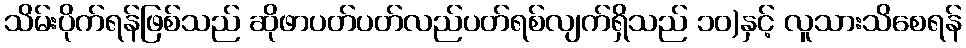
သိမ်းပိုက်ရန်ဖြစ်သည် ဆိုဖာပတ်ပတ်လည်ပတ်ရစ်လျက်ရှိသည် ၁၀)နှင့် လူသားသိစေရန်